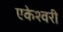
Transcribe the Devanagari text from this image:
एकेश्वरी